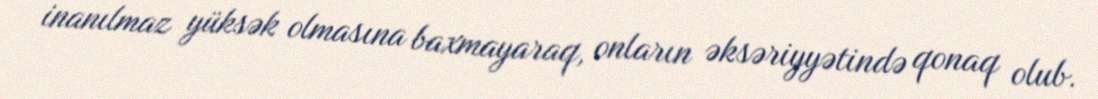
inanılmaz yüksək olmasına baxmayaraq, onların əksəriyyətində qonaq olub.